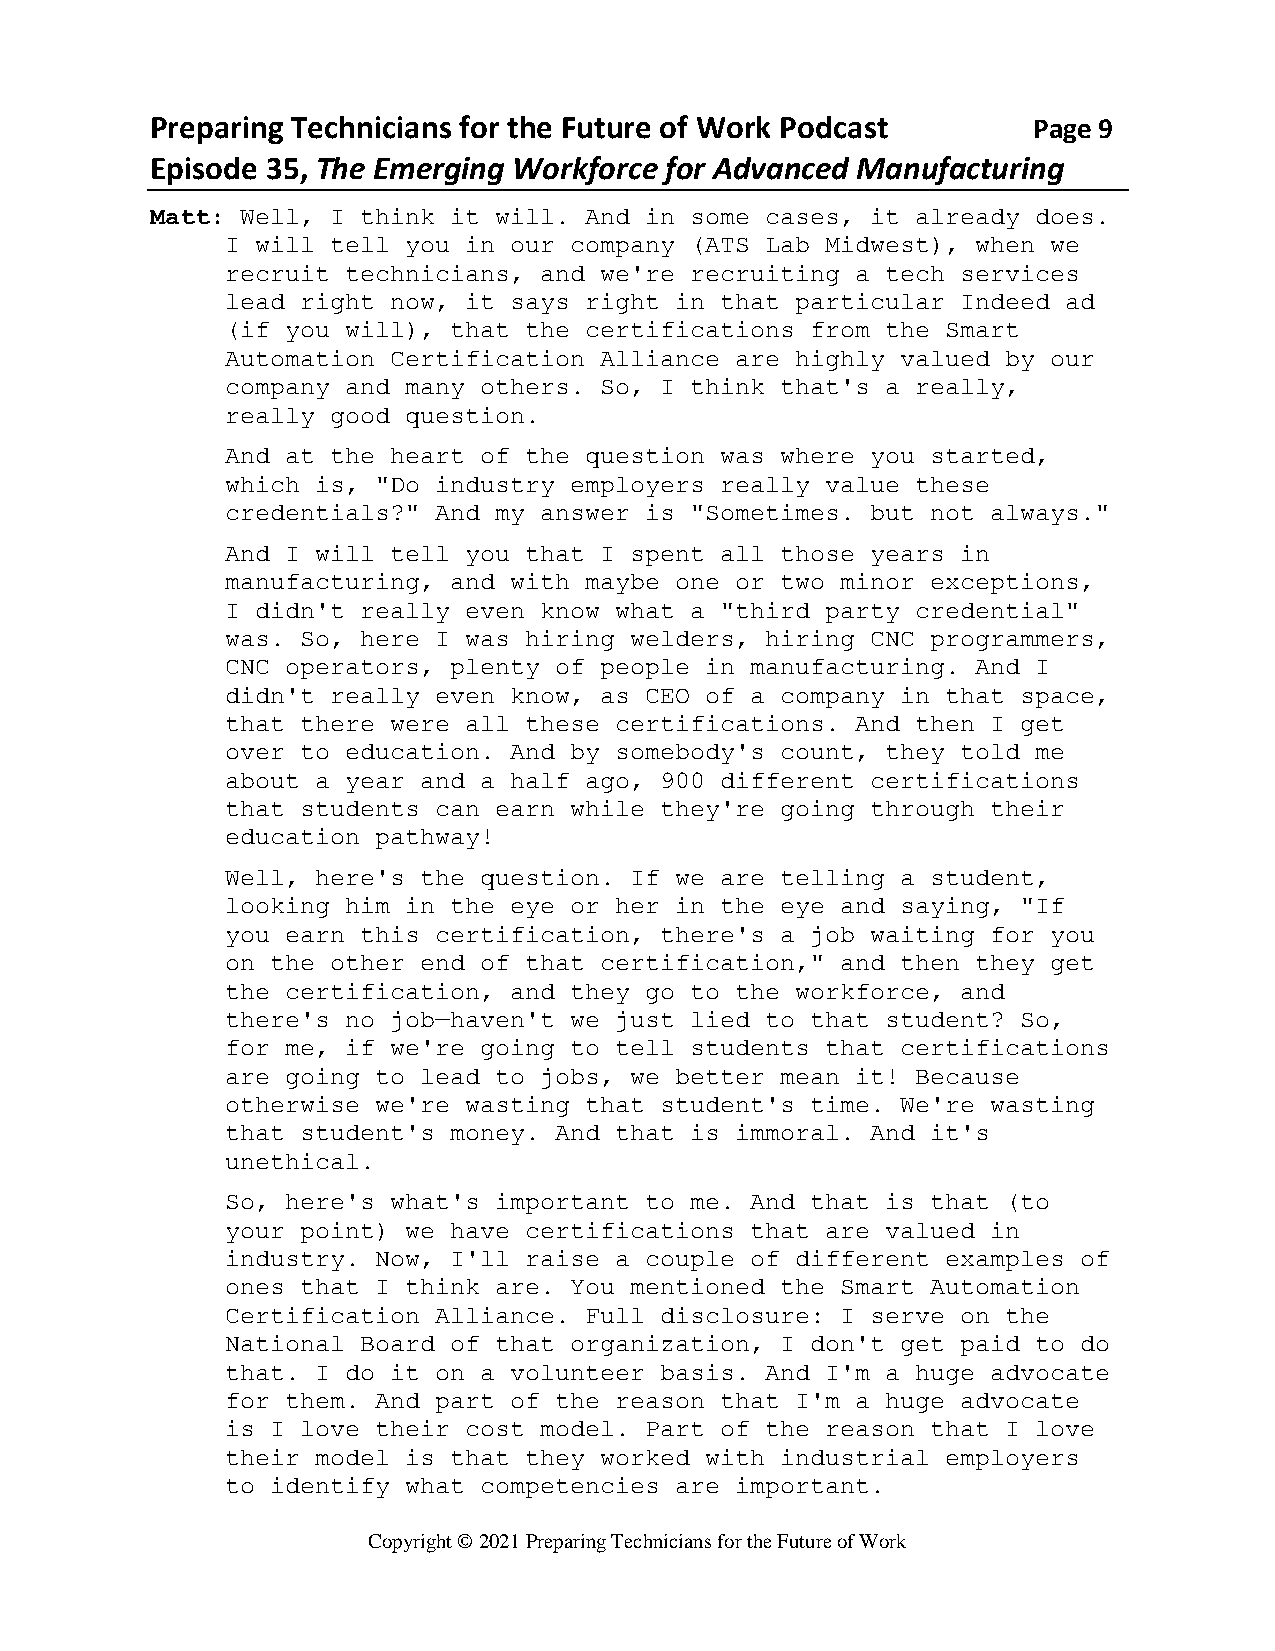
Preparing Technicians for the Future of Work Podcast      Page 9
 Episode 35, The Emerging Workforce for Advanced Manufacturing
 Matt: Well, I think it will. And in some cases, it already does.
 I will tell you in our company (ATS Lab Midwest), when we
 recruit technicians, and we're recruiting a tech services
 lead right now, it says right in that particular Indeed ad
 (if you will), that the certifications from the Smart
 Automation Certification Alliance are highly valued by our
 company and many others. So, I think that's a really,
 really good question.
 And at the heart of the question was where you started,
 which is, "Do industry employers really value these
 credentials?" And my answer is "Sometimes. but not always."
 And I will tell you that I spent all those years in
 manufacturing, and with maybe one or two minor exceptions,
 I didn't really even know what a "third party credential"
 was. So, here I was hiring welders, hiring CNC programmers,
 CNC operators, plenty of people in manufacturing. And I
 didn't really even know, as CEO of a company in that space,
 that there were all these certifications. And then I get
 over to education. And by somebody's count, they told me
 about a year and a half ago, 900 different certifications
 that students can earn while they're going through their
 education pathway!
 Well, here's the question. If we are telling a student,
 looking him in the eye or her in the eye and saying, "If
 you earn this certification, there's a job waiting for you
 on the other end of that certification," and then they get
 the certification, and they go to the workforce, and
 there's no job—haven't we just lied to that student? So,
 for me, if we're going to tell students that certifications
 are going to lead to jobs, we better mean it! Because
 otherwise we're wasting that student's time. We're wasting
 that student's money. And that is immoral. And it's
 unethical.
 So, here's what's important to me. And that is that (to
 your point) we have certifications that are valued in
 industry. Now, I'll raise a couple of different examples of
 ones that I think are. You mentioned the Smart Automation
 Certification Alliance. Full disclosure: I serve on the
 National Board of that organization, I don't get paid to do
 that. I do it on a volunteer basis. And I'm a huge advocate
 for them. And part of the reason that I'm a huge advocate
 is I love their cost model. Part of the reason that I love
 their model is that they worked with industrial employers
 to identify what competencies are important.
 Copyright © 2021 Preparing Technicians for the Future of Work